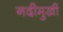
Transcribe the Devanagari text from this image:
नदीमुखी